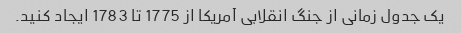
یک جدول زمانی از جنگ انقلابی آمریکا از 1775 تا 1783 ایجاد کنید.